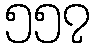
၅၅၇